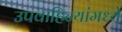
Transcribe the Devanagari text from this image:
उपवाहिन्यांमध्ये